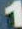
1